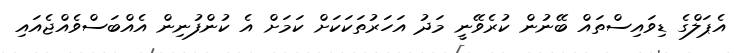
އެޕަލްގެ ޑިވައިސްތައް ބޭނުން ކުރެވޭނީ މަދު އަހަރުތަކަކަށް ކަމަށް އެ ކުންފުނިން އެއްބަސްވެއްޖެއައި